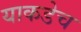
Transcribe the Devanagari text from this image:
याकडेच